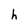
Character: h